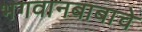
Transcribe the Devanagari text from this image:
भगवानबाबाचे